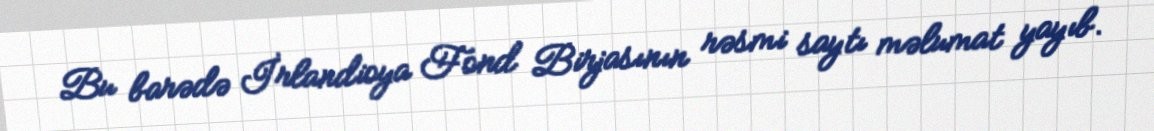
Bu barədə İrlandioya Fond Birjasının rəsmi saytı məlumat yayıb.